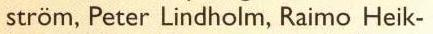
ström, Peter Lindholm, Raimo Heik-